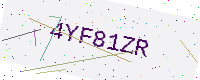
Text: 4YF81ZR